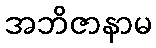
အဘိဇာနာမ